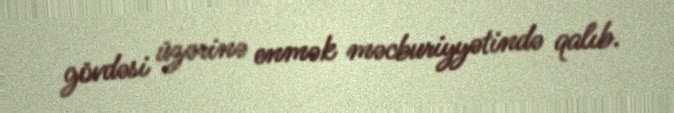
gövdəsi üzərinə enmək məcburiyyətində qalıb.